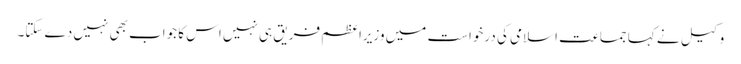
وکیل نے کہا جماعت اسلامی کی درخواست میں وزیراعظم فریق ہی نہیں اس کا جواب بھی نہیں دے سکتا۔